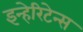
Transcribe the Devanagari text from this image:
इन्हेरिटेन्स